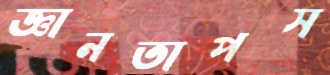
জ্ঞানতাপস